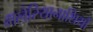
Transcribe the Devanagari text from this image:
मलेरियानाशियों